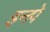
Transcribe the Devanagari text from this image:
इनपे